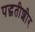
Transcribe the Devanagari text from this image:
पद्धतीशीर